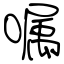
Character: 嘱